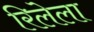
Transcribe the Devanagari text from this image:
रिलेला